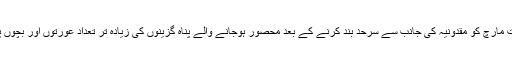
رواں سال سات مارچ کو مقدونیہ کی جانب سے سرحد بند کرنے کے بعد محصور ہوجانے والے پناہ گزینوں کی زیادہ تر تعداد عورتوں اور بچوں پر مشتمل ہے۔